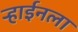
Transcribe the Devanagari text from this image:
ऱ्हाईनला